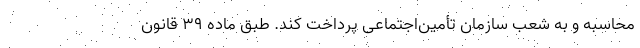
محاسبه و به شعب سازمان تأمین‌اجتماعی پرداخت کند. طبق ماده ۳۹ قانون